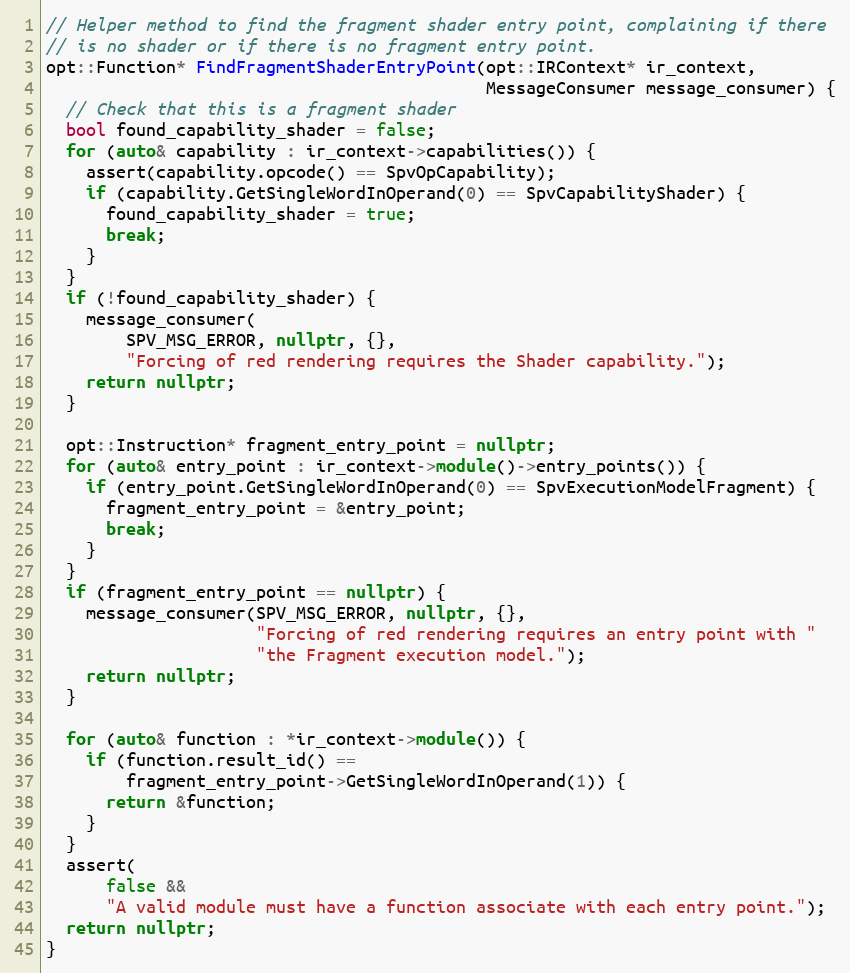
Language: C++
// Helper method to find the fragment shader entry point, complaining if there
// is no shader or if there is no fragment entry point.
opt::Function* FindFragmentShaderEntryPoint(opt::IRContext* ir_context,
                                            MessageConsumer message_consumer) {
  // Check that this is a fragment shader
  bool found_capability_shader = false;
  for (auto& capability : ir_context->capabilities()) {
    assert(capability.opcode() == SpvOpCapability);
    if (capability.GetSingleWordInOperand(0) == SpvCapabilityShader) {
      found_capability_shader = true;
      break;
    }
  }
  if (!found_capability_shader) {
    message_consumer(
        SPV_MSG_ERROR, nullptr, {},
        "Forcing of red rendering requires the Shader capability.");
    return nullptr;
  }

  opt::Instruction* fragment_entry_point = nullptr;
  for (auto& entry_point : ir_context->module()->entry_points()) {
    if (entry_point.GetSingleWordInOperand(0) == SpvExecutionModelFragment) {
      fragment_entry_point = &entry_point;
      break;
    }
  }
  if (fragment_entry_point == nullptr) {
    message_consumer(SPV_MSG_ERROR, nullptr, {},
                     "Forcing of red rendering requires an entry point with "
                     "the Fragment execution model.");
    return nullptr;
  }

  for (auto& function : *ir_context->module()) {
    if (function.result_id() ==
        fragment_entry_point->GetSingleWordInOperand(1)) {
      return &function;
    }
  }
  assert(
      false &&
      "A valid module must have a function associate with each entry point.");
  return nullptr;
}